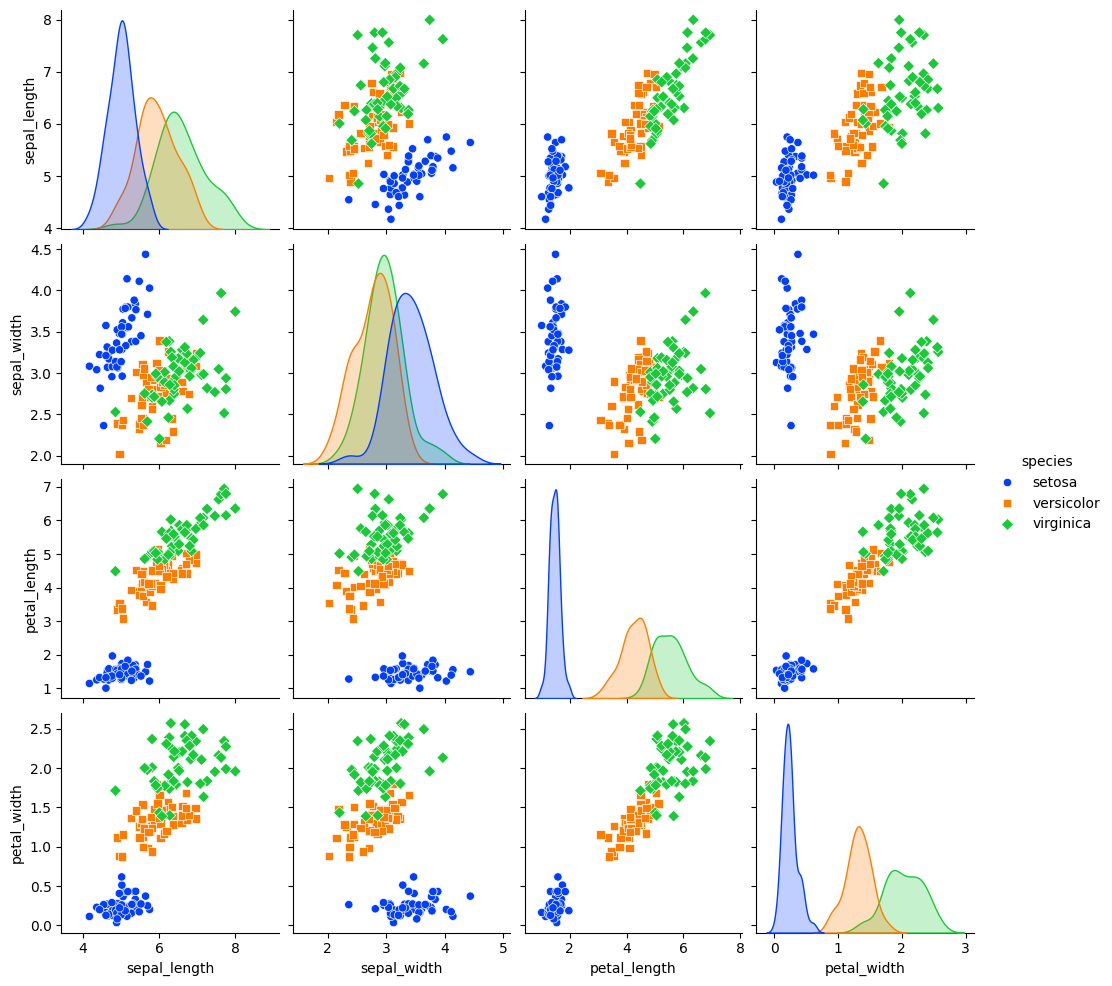
python, seaborn, pairplot, palette='bright', markers=['o', 's', 'D'], kind='scatter', diag_kind='kde'